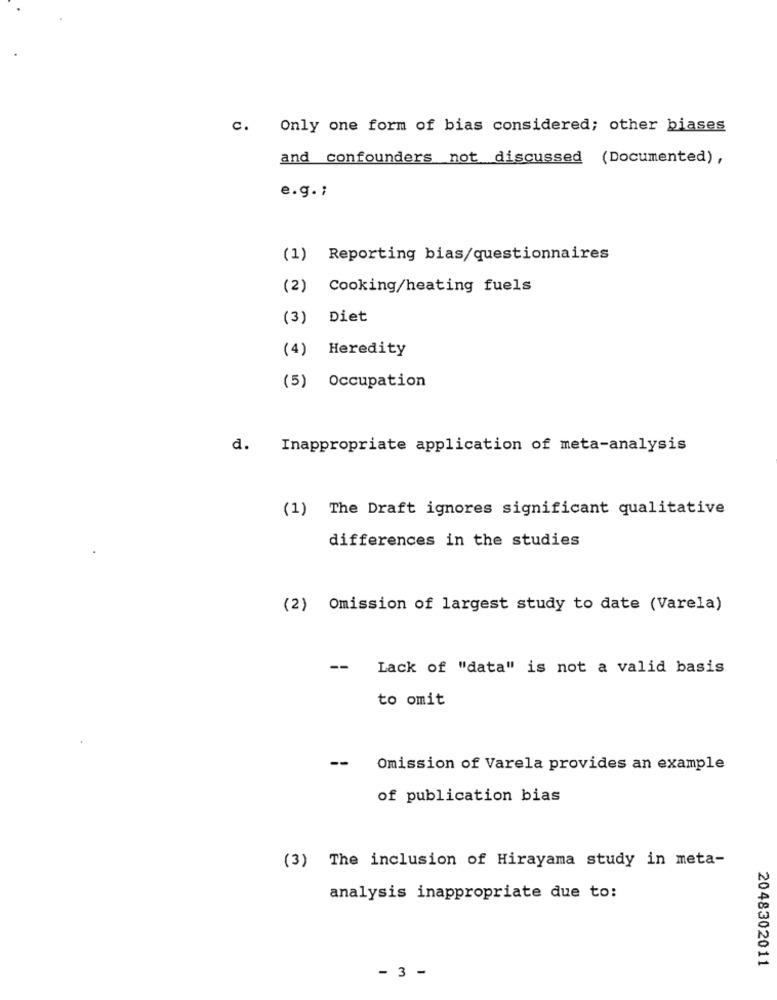
C.
Only one form of bias considered; other biases
and confounders not discussed (Documented),
e.g .;
(1)
Reporting bias/questionnaires
(2)
Cooking/heating fuels
(3)
Diet
(4)
Heredity
(5) Occupation
d. Inappropriate application of meta-analysis
(1) The Draft ignores significant qualitative
differences in the studies
(2) Omission of largest study to date (Varela)
--
Lack of "data" is not a valid basis
to omit
--
Omission of Varela provides an example
of publication bias
(3) The inclusion of Hirayama study in meta-
analysis inappropriate due to:
2048302011
- 3 -